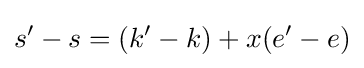
s'-s=(k'-k)+x(e'-e)